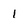
Character: 1